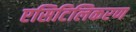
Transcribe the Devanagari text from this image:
एसिटिलिकरण